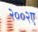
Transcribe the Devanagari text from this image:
२००२ए